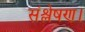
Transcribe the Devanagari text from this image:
संश्लेषण।